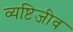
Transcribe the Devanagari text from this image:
व्यष्टिजीव